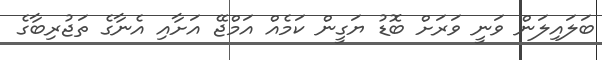
ބަލައިލަން ވަނީ ވަރަށް ބޮޑު ޔަގީން ކަމެއް އަމްޖޭ އަށާއި އެނާގެ ތަޖުރިބާގެ